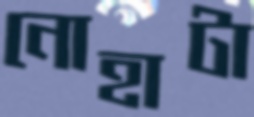
নোহাটা